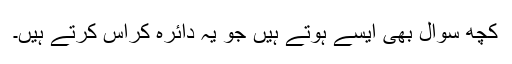
کچھ سوال بھی ایسے ہوتے ہیں جو یہ دائرہ کراس کرتے ہیں۔